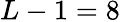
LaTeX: L-1=8